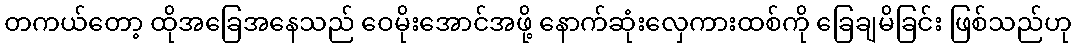
တကယ်တော့ ထိုအခြေအနေသည် ဝေမိုးအောင်အဖို့ နောက်ဆုံးလှေကားထစ်ကို ခြေချမိခြင်း ဖြစ်သည်ဟု